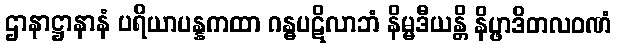
ဌာနာဋ္ဌာနာနံ ပရိယာပန္နကထာ ဂန္ဓပဋိလာဘံ နိမ္မဒီယန္တိ နိပ္ဖာဒိတလဝဏံ